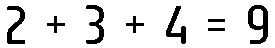
2 + 3 + 4 = 9